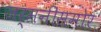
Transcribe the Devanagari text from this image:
जर्मनीसमोर